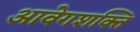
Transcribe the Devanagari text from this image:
आवेगशक्ति